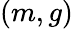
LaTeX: (m,g)